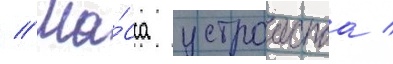
// Ма́сса устроиства /